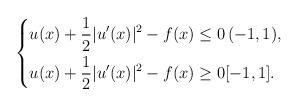
LaTeX: \begin{align*} \left\{ \begin{aligned} u(x) + \frac{1}{2}|u^\prime(x)|^2 -f(x) &\leq 0 \, (-1, 1), \\ u(x) + \frac{1}{2}|u^\prime (x)|^2 -f(x) &\geq 0 [-1, 1]. \end{aligned}\right. \end{align*}